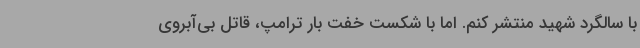
با سالگرد شهید منتشر کنم. اما با شکست خفت بار ترامپ، قاتل بی‌آبروی